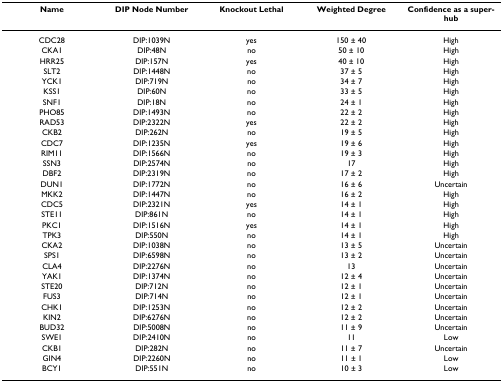
| Name | DIP Node Number | Knockout Lethal | Weighted Degree | Confidence as a super-hub |
 | --- | --- | --- | --- | --- |
 | CDC28 | DIP:1039N | yes | 150 ± 40 | High |
 | CKA1 | DIP:48N | no | 50 ± 10 | High |
 | HRR25 | DIP:157N | yes | 40 ± 10 | High |
 | SLT2 | DIP:1448N | no | 37 ± 5 | High |
 | YCK1 | DIP:719N | no | 34 ± 7 | High |
 | KSS1 | DIP:60N | no | 33 ± 5 | High |
 | SNF1 | DIP:18N | no | 24 ± 1 | High |
 | PHO85 | DIP:1493N | no | 22 ± 2 | High |
 | RAD53 | DIP:2322N | yes | 22 ± 2 | High |
 | CKB2 | DIP:262N | no | 19 ± 5 | High |
 | CDC7 | DIP:1235N | yes | 19 ± 6 | High |
 | RIM11 | DIP:1566N | no | 19 ± 3 | High |
 | SSN3 | DIP:2574N | no | 17 | High |
 | DBF2 | DIP:2319N | no | 17 ± 2 | High |
 | DUN1 | DIP:1772N | no | 16 ± 6 | Uncertain |
 | MKK2 | DIP:1447N | no | 16 ± 2 | High |
 | CDC5 | DIP:2321N | yes | 14 ± 1 | High |
 | STE11 | DIP:861N | no | 14 ± 1 | High |
 | PKC1 | DIP:1516N | yes | 14 ± 1 | High |
 | TPK3 | DIP:550N | no | 14 ± 1 | High |
 | CKA2 | DIP:1038N | no | 13 ± 5 | Uncertain |
 | SPS1 | DIP:6598N | no | 13 ± 2 | Uncertain |
 | CLA4 | DIP:2276N | no | 13 | Uncertain |
 | YAK1 | DIP:1374N | no | 12 ± 4 | Uncertain |
 | STE20 | DIP:712N | no | 12 ± 1 | Uncertain |
 | FUS3 | DIP:714N | no | 12 ± 1 | Uncertain |
 | CHK1 | DIP:1253N | no | 12 ± 2 | Uncertain |
 | KIN2 | DIP:6276N | no | 12 ± 2 | Uncertain |
 | BUD32 | DIP:5008N | no | 11 ± 9 | Uncertain |
 | SWE1 | DIP:2410N | no | 11 | Low |
 | CKB1 | DIP:282N | no | 11 ± 7 | Uncertain |
 | GIN4 | DIP:2260N | no | 11 ± 1 | Low |
 | BCY1 | DIP:551N | no | 10 ± 3 | Low |